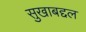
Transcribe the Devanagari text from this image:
सुखाबद्दल